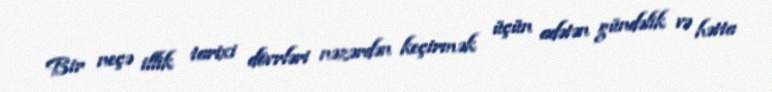
Bir neçə illik tarixi dövrləri nəzərdən keçirmək üçün adətən gündəlik və hətta